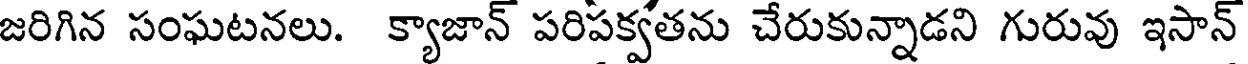
జరిగిన సంఘటనలు. క్యాజాన్ పరిపక్వతను చేరుకున్నాడని గురువు ఇసాన్